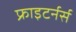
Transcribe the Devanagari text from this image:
फ्राइटर्नर्स